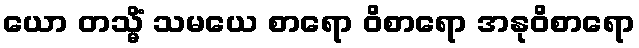
ယော တသ္မိံ သမယေ စာရော ဝိစာရော အနုဝိစာရော